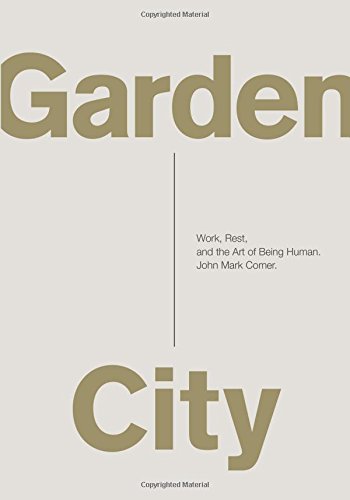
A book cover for Garden City: Work, Rest, and the Art of Being Human.; John Mark Comer; Christian Books & Bibles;